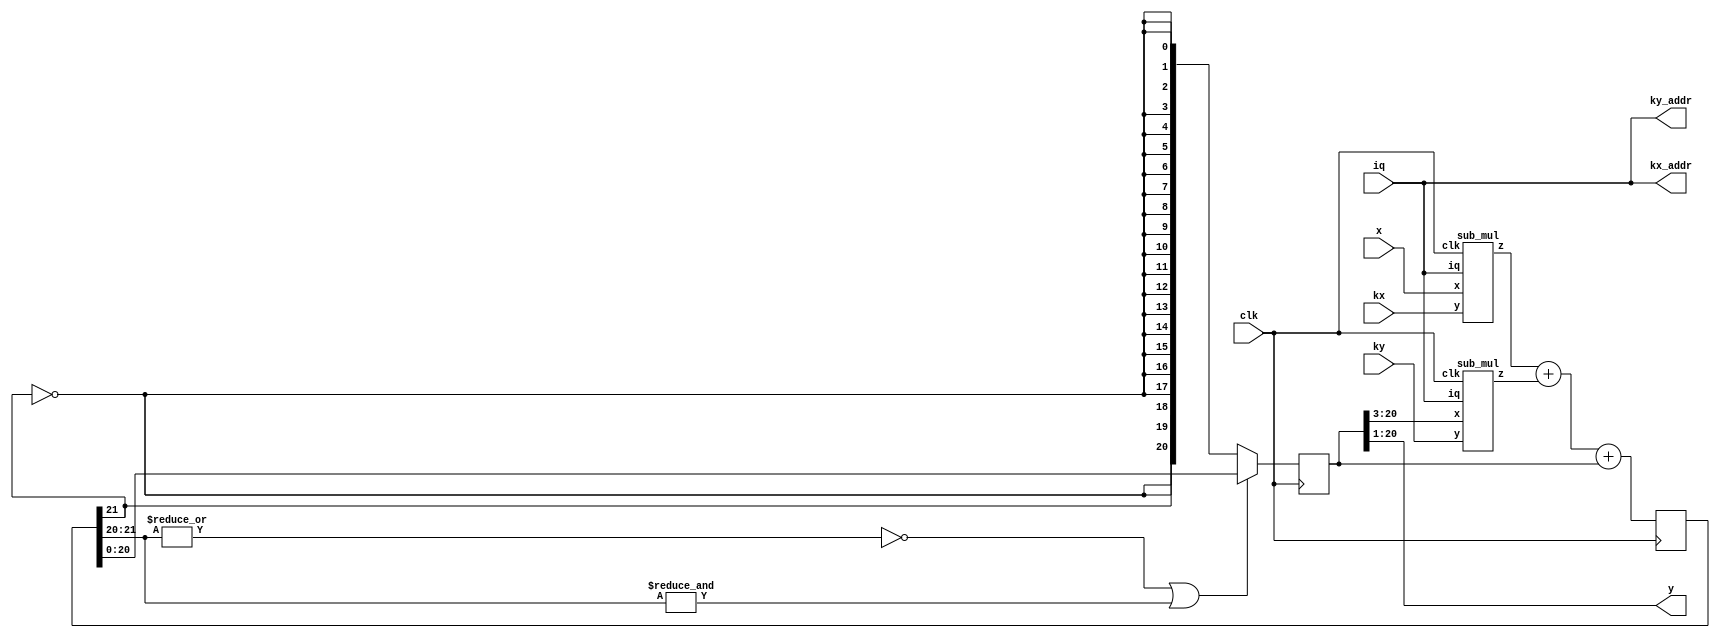
`timescale 1ns / 1ns

// Complex-valued single-pole filter and scaling
// Larry Doolittle, LBNL, February 2014
// 150+ MHz in Spartan-6 speed grade 3, using 4 DSP48A1s, 189 LUTs
// 160+ MHz in  Artix-7  speed grade 2, using 4 DSP48E1s, 184 LUTs

// y*z = y + ky*z^{-1}*y + kx*x

// Besides the intrinsic filter group delay, computation adds
// four cycles of pipelining delay from x to y.

// All of x, kx, ky, and y are complex-valued, interleaved,
// real when iq==1 and imaginary when iq==0.

// More precisely
// y*z = y + ky*z^{-1}*y*2^(-19) + kx*x*2^(-19)
// where z^{-1} represents two clock cycles (21.2 ns in LCLS-II) delay,
// matching the two-cycle update rate of complex numbers flowing in and out;
// this formulation takes kx and ky as signed 18-bit integers.
// That expression assumes default shift=2, otherwise those 19s turn into 17+shift.
// Also see scaling comments in lp_tb.v.

// Do not use negative full-scale values for kx or ky.
// Needs evaluation for round-off error and possible resulting bias.

module lp #(
	parameter shift=2
) (
	input clk,  // timespec 6.66 ns
	input iq,
	input signed [17:0] x,
	(* external *)
	input signed [17:0] kx,  // external
	(* external *)
	output [0:0] kx_addr,    // external address for kx
	(* external *)
	input signed [17:0] ky,  // external
	(* external *)
	output [0:0] ky_addr,    // external address for ky
	output signed [17+shift:0] y
);

assign kx_addr = iq;
assign ky_addr = iq;

reg signed [18+shift:0] yr=0;
wire signed [19:0] xmr, ymr;
// x and y inputs to sub_mul are 18-bits, for efficient multiplier setup in Xilinx
// output is 20-bits, with one lsb guard bit added, and one msb carry bit
sub_mul xmul(.clk(clk), .iq(iq), .x(x),  .y(kx), .z(xmr));
sub_mul ymul(.clk(clk), .iq(iq), .x(yr[18+shift:1+shift]), .y(ky), .z(ymr));

`define SAT(x,old,new) ((~|x[old:new] | &x[old:new]) ? x[new:0] : {x[old],{new{~x[old]}}})

reg signed [19+shift:0] sum=0;
always @(posedge clk) begin
	// When you peek inside sub_mul, you can see
	// this is really a five-way summing junction.
	sum <= xmr + ymr + yr;
	yr <= `SAT(sum,19+shift,18+shift);
end
assign y = yr[18+shift:1];

`undef SAT

endmodule


module sub_mul(
	input clk,
	input iq,
	input signed [17:0] x,
	input signed [17:0] y,
	output signed [19:0] z
);

// Flow-through vector multiplier
// x, y, and z are interleaved I-Q complex numbers
// iq set high for I, low for Q at input, a pair is I followed by Q.
// Assumes there is some guarantee that you will never multiply two
// full-scale negative values together.

// Based on the well-exercised complex_mul.v, but without its
// final saturation and register.

reg [2:0] iq_sr=0;
always @(posedge clk) iq_sr <= {iq_sr[1:0],iq};

// Keep guard bits through the addition step.
reg signed [17:0] x1=0, x2=0, y1=0;
reg signed [35:0] prod1=0, prod2=0;
wire signed [18:0] prod1_msb = prod1[34:16];
wire signed [18:0] prod2_msb = prod2[34:16];
reg signed [18:0] prod1_d=0, prod2_d=0;
wire signed [17:0] m2mux = iq_sr[1] ? x2 : x;
always @(posedge clk) begin
	x1 <= x;
	x2 <= x1;
	y1 <= y;
	prod1 <= x * y;
	prod2 <= m2mux * y1;
	prod1_d <= prod1_msb;
	prod2_d <= prod2_msb;
end
wire iqx = iq_sr[2];
//wire signed [18:0] zl = iqx ? prod2_d : prod1_d;
//wire signed [18:0] zr = iqx ? prod2_msb : prod1_msb;
assign z = iqx ? (prod2_d + prod2_msb) : (prod1_d - prod1_msb);

endmodule